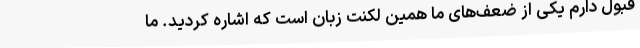
قبول دارم یکی از ضعف‌های ما همین لکنت زبان است که اشاره کردید. ما